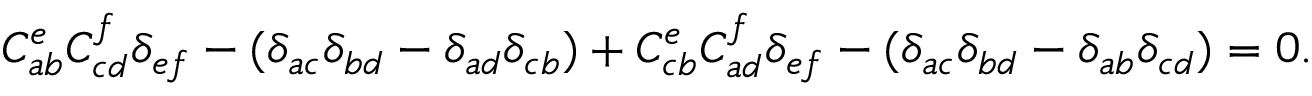
C _ { a b } ^ { e } C _ { c d } ^ { f } \delta _ { e f } - ( \delta _ { a c } \delta _ { b d } - \delta _ { a d } \delta _ { c b } ) + C _ { c b } ^ { e } C _ { a d } ^ { f } \delta _ { e f } - ( \delta _ { a c } \delta _ { b d } - \delta _ { a b } \delta _ { c d } ) = 0 .